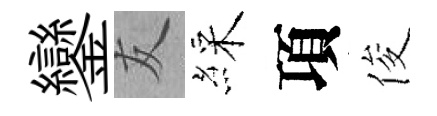
鑾友綵項俊